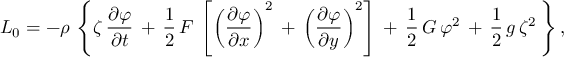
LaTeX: L _ { 0 } = - \rho \, \left\{ \zeta \, { \frac { \partial \varphi } { \partial t } } \, + \, { \frac { 1 } { 2 } } \, F \, \left[ \left( { \frac { \partial \varphi } { \partial { x } } } \right) ^ { 2 } \, + \, \left( { \frac { \partial \varphi } { \partial { y } } } \right) ^ { 2 } \right] \, + \, { \frac { 1 } { 2 } } \, G \, \varphi ^ { 2 } \, + \, { \frac { 1 } { 2 } } \, g \, \zeta ^ { 2 } \, \right\} ,